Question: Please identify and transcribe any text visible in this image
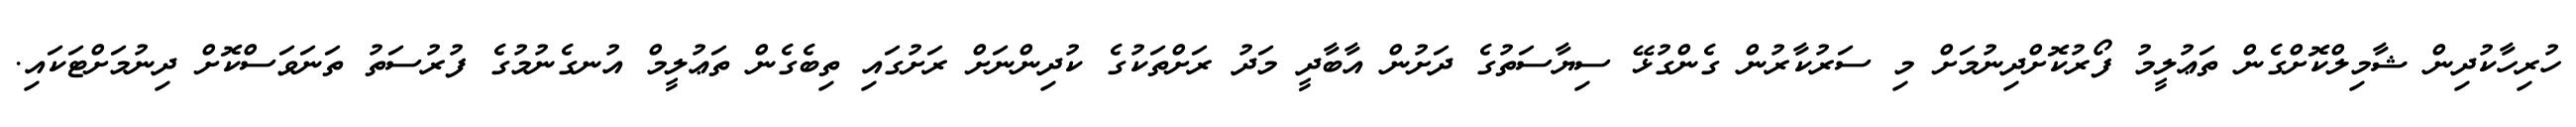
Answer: ހުރިހާކުދިން ޝާމިލްކޮށްގެން ތަޢުލީމު ފޯރުކޮށްދިނުމަށް މި ސަރުކާރުން ގެންގުޅޭ ސިޔާސަތުގެ ދަށުން އާބާދީ މަދު ރަށްތަކުގެ ކުދިންނަށް ރަށުގައި ތިބެގެން ތަޢުލީމް އުނގެނުމުގެ ފުރުސަތު ތަނަވަސްކޮށް ދިނުމަށްޓަކައި.